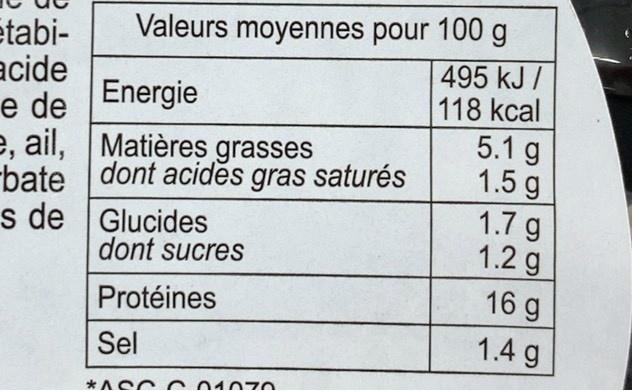
Valeurs moyennes pour 100 g
etabi- acide e de Energie e, ail, Matières grasses bate dont acides gras saturés Glucides
495 kJ / 118 kcal
5.1 g 1.5 g 1.7 g 1.2 g 16 g
s de dont sucres
Protéines
Sel
1.4 g
*ACC
01070